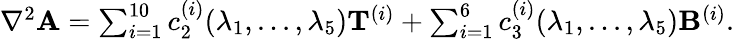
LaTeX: \begin{array}{r}{\begin{array}{r}{\nabla^{2}{\mathbf{A}}=\sum_{i=1}^{10}c_{2}^{(i)}(\lambda_{1},...,\lambda_{5}){\mathbf{T}}^{(i)}+\sum_{i=1}^{6}c_{3}^{(i)}(\lambda_{1},...,\lambda_{5}){\mathbf{B}}^{(i)}.}\end{array}}\end{array}